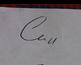
Signature authenticity: genuine